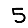
Digit: 5